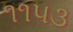
૧૧૫૩